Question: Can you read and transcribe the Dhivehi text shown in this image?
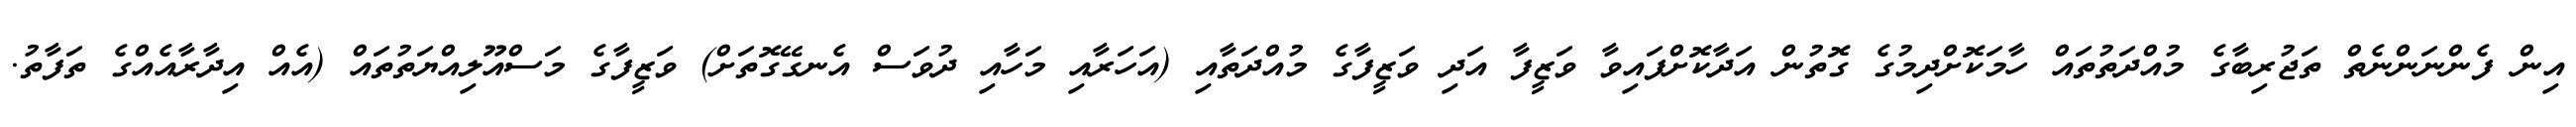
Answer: އިން ފެންނަންނެތް ތަޖުރިބާގެ މުއްދަތުތައް ހާމަކޮށްދިމުގެ ގޮތުން އަދާކޮށްފައިވާ ވަޒީފާ އަދި ވަޒީފާގެ މުއްދަތާއި (އަހަރާއި މަހާއި ދުވަސް އެނގޭގޮތަށް) ވަޒީފާގެ މަސްއޫލިއްޔަތުތައް (އެއް އިދާރާއެއްގެ ތަފާތު.